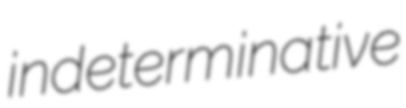
indeterminative